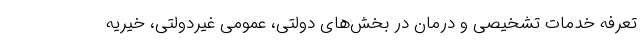
تعرفه خدمات تشخیصی و درمان در بخش‌های دولتی، عمومی غیردولتی، خیریه